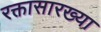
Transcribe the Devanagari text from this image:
रक्तासारख्या